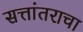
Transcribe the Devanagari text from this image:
सत्तांतराचा